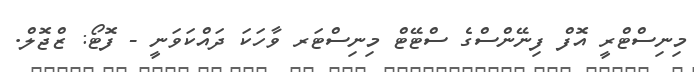
މިނިސްޓްރީ އޮފް ފިނޭންސްގެ ސްޓޭޓް މިނިސްޓަރ ވާހަކަ ދައްކަވަނީ - ފޮޓޯ: ޒްޖޮލް.